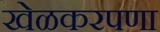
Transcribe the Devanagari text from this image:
खेळकरपणा